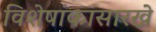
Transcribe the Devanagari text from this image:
विशेषांकासारखे